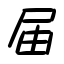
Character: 届